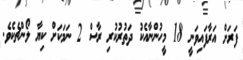
ފަރަށް އަރާފައިވަނީ 18 މީހުންނާއެކު ދަތުރުކުރި ރާސް 2 ނަމަކަށް ކިޔާ ލޯންޗެކެވެ.